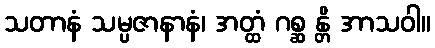
သတာနံ သမ္ပဇာနာနံ၊ အတ္ထံ ဂစ္ဆ န္တိ အာသဝါ။